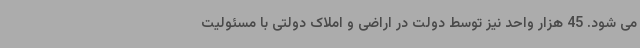
می شود. 45 هزار واحد نیز توسط دولت در اراضی و املاک دولتی با مسئولیت